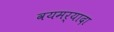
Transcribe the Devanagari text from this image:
वयमर्यादा